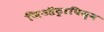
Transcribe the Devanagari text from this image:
जिऑट्रापिज्म